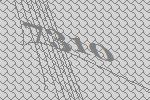
7310